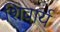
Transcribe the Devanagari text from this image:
शिवार्य